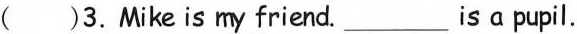
( )3. Mike is my friend._is a pupil.